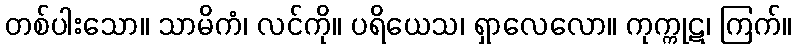
တစ်ပါးသော။ သာမိကံ၊ လင်ကို။ ပရိယေသ၊ ရှာလေလော။ ကုက္ကုဋ၊ ကြက်။